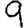
Digit: 9